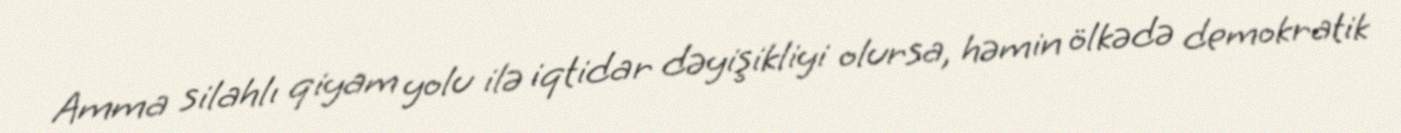
Amma silahlı qiyam yolu ilə iqtidar dəyişikliyi olursa, həmin ölkədə demokratik